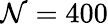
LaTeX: \mathcal{N}=400